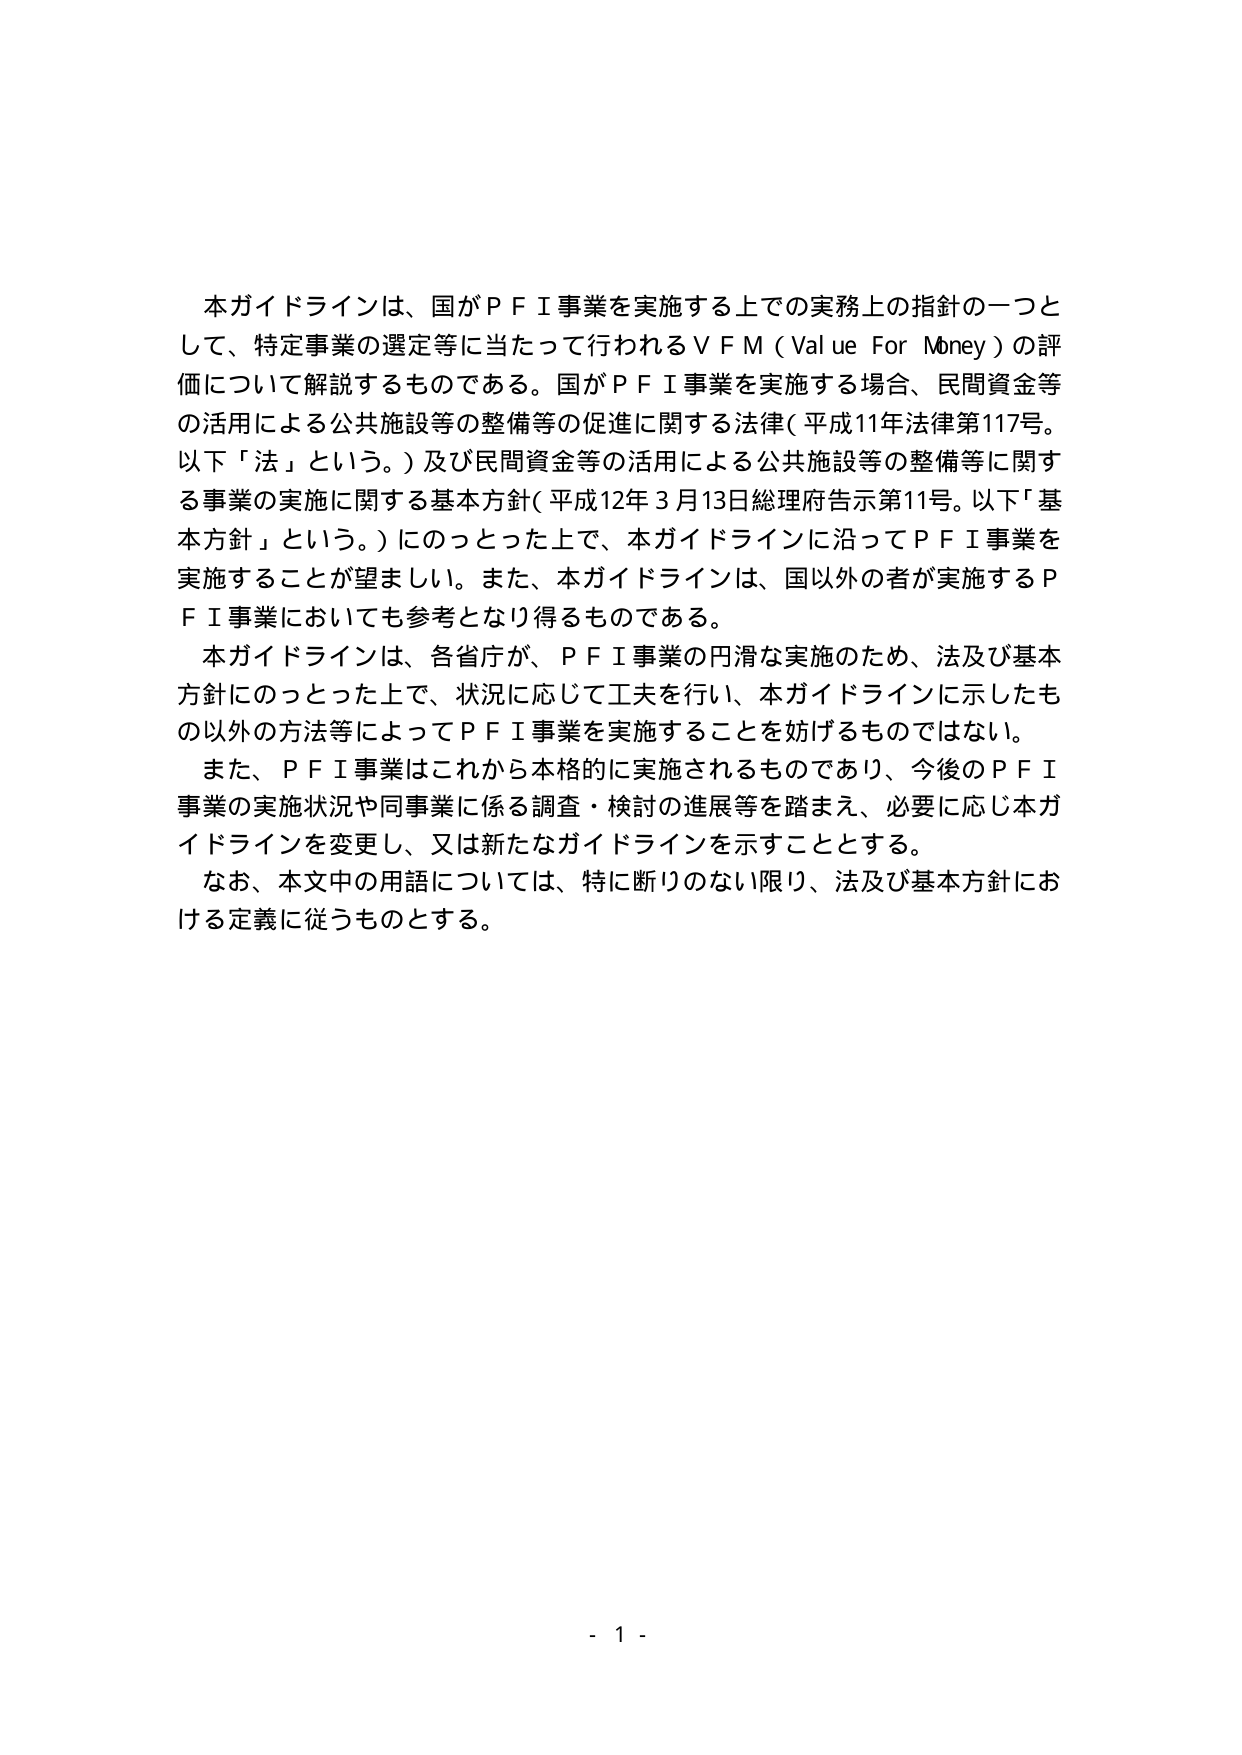
本ガイドラインは、国がＰＦＩ事業を実施する上での実務上の指針の一つとして、特定事業の選定等に当たって行われるＶＦＭ（Value For Money）の評価について解説するものである。国がＰＦＩ事業を実施する場合、民間資金等の活用による公共施設等の整備等の促進に関する法律（平成11年法律第117号。以下「法」という。）及び民間資金等の活用による公共施設等の整備等に関する事業の実施に関する基本方針（平成12年3月13日総理府告示第11号。以下「基本方針」という。）にのっとった上で、本ガイドラインに沿ってＰＦＩ事業を実施することが望ましい。また、本ガイドラインは、国以外の者が実施するＰＦＩ事業においても参考となり得るものである。

本ガイドラインは、各省庁が、ＰＦＩ事業の円滑な実施のため、法及び基本方針にのっとった上で、状況に応じて工夫を行い、本ガイドラインに示したもの以外の方法等によってＰＦＩ事業を実施することを妨げるものではない。

また、ＰＦＩ事業はこれから本格的に実施されるものであり、今後のＰＦＩ事業の実施状況や同事業に係る調査・検討の進展等を踏まえ、必要に応じ本ガイドラインを変更し、又は新たなガイドラインを示すこととする。

なお、本文中の用語については、特に断りのない限り、法及び基本方針における定義に従うものとする。

- 1 -